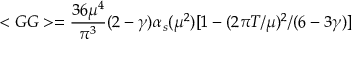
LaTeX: < G G > = \frac { 3 6 \mu ^ { 4 } } { \pi ^ { 3 } } ( 2 - \gamma ) \alpha _ { s } ( \mu ^ { 2 } ) [ 1 - ( 2 \pi T / \mu ) ^ { 2 } / ( 6 - 3 \gamma ) ]